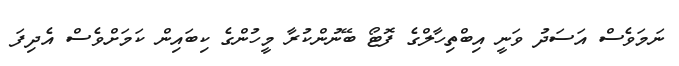
ނަމަވެސް އަސަދު ވަނީ އިބްތިހާލްގެ ފޮޓޯ ބޭނުންކުރާ މީހުންގެ ކިބައިން ކަަމަށްވެސް އެދިފަ